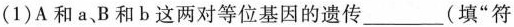
(1)A和a，B和b这两对等位基因的遗传____(填“符